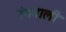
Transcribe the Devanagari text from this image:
रंगवाली